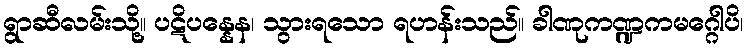
ရွာဆီလမ်းသို့။ ပဋိပန္နေန၊ သွားရသော ရဟန်းသည်။ ခါဏုကဏ္ဍကမဂ္ဂေါပိ၊